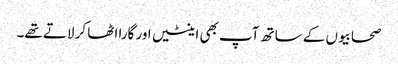
صحابیوں کے ساتھ آپ بھی اینٹیں اور گارا اٹھا کر لاتے تھے۔